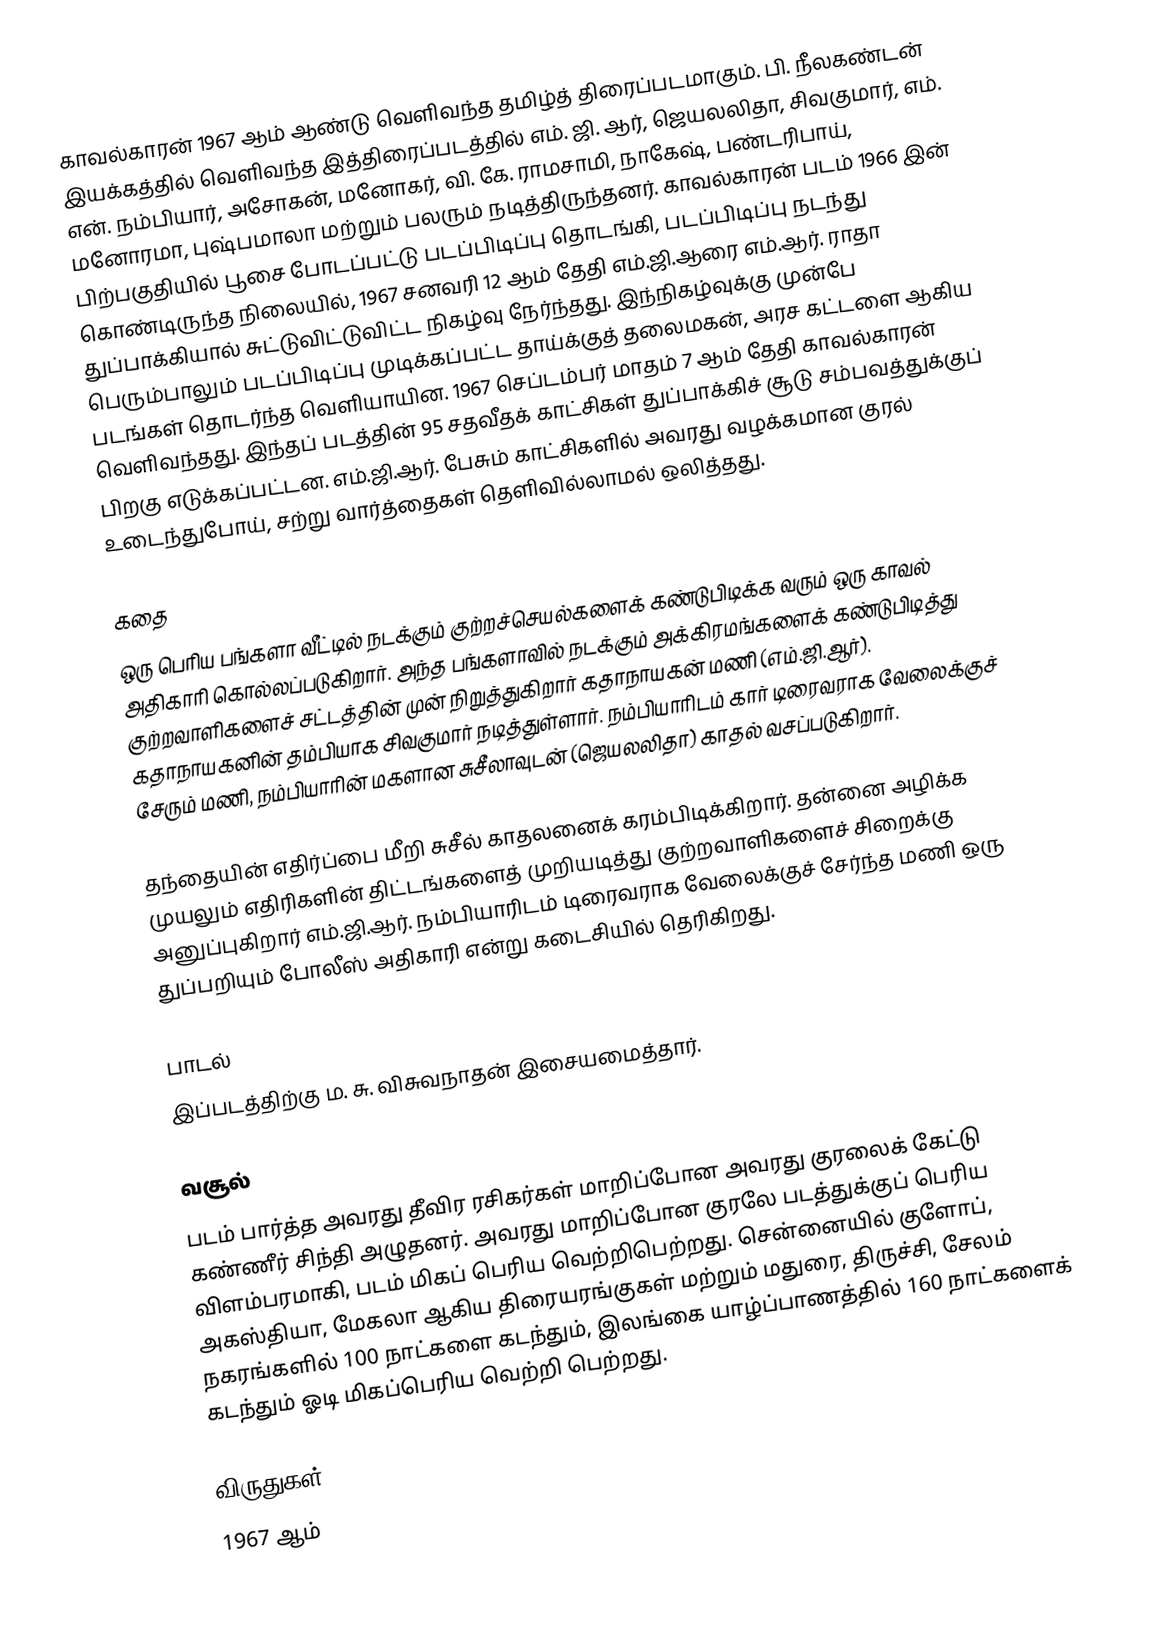
காவல்காரன் 1967 ஆம் ஆண்டு வெளிவந்த தமிழ்த் திரைப்படமாகும். பி. நீலகண்டன் இயக்கத்தில் வெளிவந்த இத்திரைப்படத்தில் எம். ஜி. ஆர், ஜெயலலிதா, சிவகுமார், எம். என். நம்பியார், அசோகன், மனோகர், வி. கே. ராமசாமி, நாகேஷ், பண்டரிபாய், மனோரமா, புஷ்பமாலா  மற்றும் பலரும் நடித்திருந்தனர். காவல்காரன் படம் 1966 இன் பிற்பகுதியில் பூசை போடப்பட்டு படப்பிடிப்பு தொடங்கி, படப்பிடிப்பு நடந்து கொண்டிருந்த நிலையில், 1967 சனவரி 12 ஆம் தேதி எம்.ஜி.ஆரை எம்.ஆர். ராதா துப்பாக்கியால் சுட்டுவிட்டுவிட்ட நிகழ்வு நேர்ந்தது. இந்நிகழ்வுக்கு முன்பே பெரும்பாலும் படப்பிடிப்பு முடிக்கப்பட்ட தாய்க்குத் தலைமகன், அரச கட்டளை ஆகிய படங்கள் தொடர்ந்த வெளியாயின. 1967  செப்டம்பர் மாதம் 7 ஆம் தேதி காவல்காரன் வெளிவந்தது. இந்தப் படத்தின் 95 சதவீதக் காட்சிகள் துப்பாக்கிச் சூடு சம்பவத்துக்குப் பிறகு எடுக்கப்பட்டன. எம்.ஜி.ஆர். பேசும் காட்சிகளில் அவரது வழக்கமான குரல் உடைந்துபோய், சற்று வார்த்தைகள் தெளிவில்லாமல் ஒலித்தது.

கதை
ஒரு பெரிய பங்களா வீட்டில் நடக்கும் குற்றச்செயல்களைக் கண்டுபிடிக்க வரும் ஒரு காவல் அதிகாரி கொல்லப்படுகிறார். அந்த பங்களாவில் நடக்கும் அக்கிரமங்களைக் கண்டுபிடித்து குற்றவாளிகளைச் சட்டத்தின் முன் நிறுத்துகிறார் கதாநாயகன் மணி (எம்.ஜி.ஆர்). கதாநாயகனின் தம்பியாக சிவகுமார் நடித்துள்ளார். நம்பியாரிடம் கார் டிரைவராக வேலைக்குச் சேரும் மணி, நம்பியாரின் மகளான சுசீலாவுடன் (ஜெயலலிதா) காதல் வசப்படுகிறார்.

தந்தையின் எதிர்ப்பை மீறி சுசீல் காதலனைக் கரம்பிடிக்கிறார். தன்னை அழிக்க முயலும் எதிரிகளின் திட்டங்களைத் முறியடித்து குற்றவாளிகளைச் சிறைக்கு அனுப்புகிறார் எம்.ஜி.ஆர். நம்பியாரிடம் டிரைவராக வேலைக்குச் சேர்ந்த மணி ஒரு துப்பறியும் போலீஸ் அதிகாரி என்று கடைசியில் தெரிகிறது.

பாடல்
இப்படத்திற்கு ம. சு. விசுவநாதன் இசையமைத்தார்.

வசூல்
படம் பார்த்த அவரது தீவிர ரசிகர்கள் மாறிப்போன அவரது குரலைக் கேட்டு கண்ணீர் சிந்தி அழுதனர். அவரது மாறிப்போன குரலே படத்துக்குப் பெரிய விளம்பரமாகி, படம்  மிகப் பெரிய வெற்றிபெற்றது. சென்னையில் குளோப், அகஸ்தியா, மேகலா ஆகிய திரையரங்குகள் மற்றும் மதுரை, திருச்சி, சேலம் நகரங்களில் 100 நாட்களை கடந்தும், இலங்கை யாழ்ப்பாணத்தில் 160 நாட்களைக் கடந்தும் ஓடி மிகப்பெரிய வெற்றி பெற்றது.

விருதுகள்
  1967 ஆம்